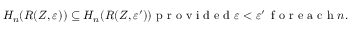
H _ { n } ( R ( Z , \varepsilon ) ) \subseteq H _ { n } ( R ( Z , \varepsilon ^ { \prime } ) ) \textrm { p r o v i d e d } \varepsilon < \varepsilon ^ { \prime } \, \textrm { f o r e a c h } n .